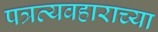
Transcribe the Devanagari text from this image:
पत्रव्यवहाराच्या